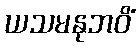
ယသမနုဘဝိံ